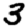
Digit: 3